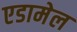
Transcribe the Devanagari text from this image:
एडामेल